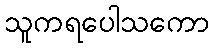
သူကရပေါသကော